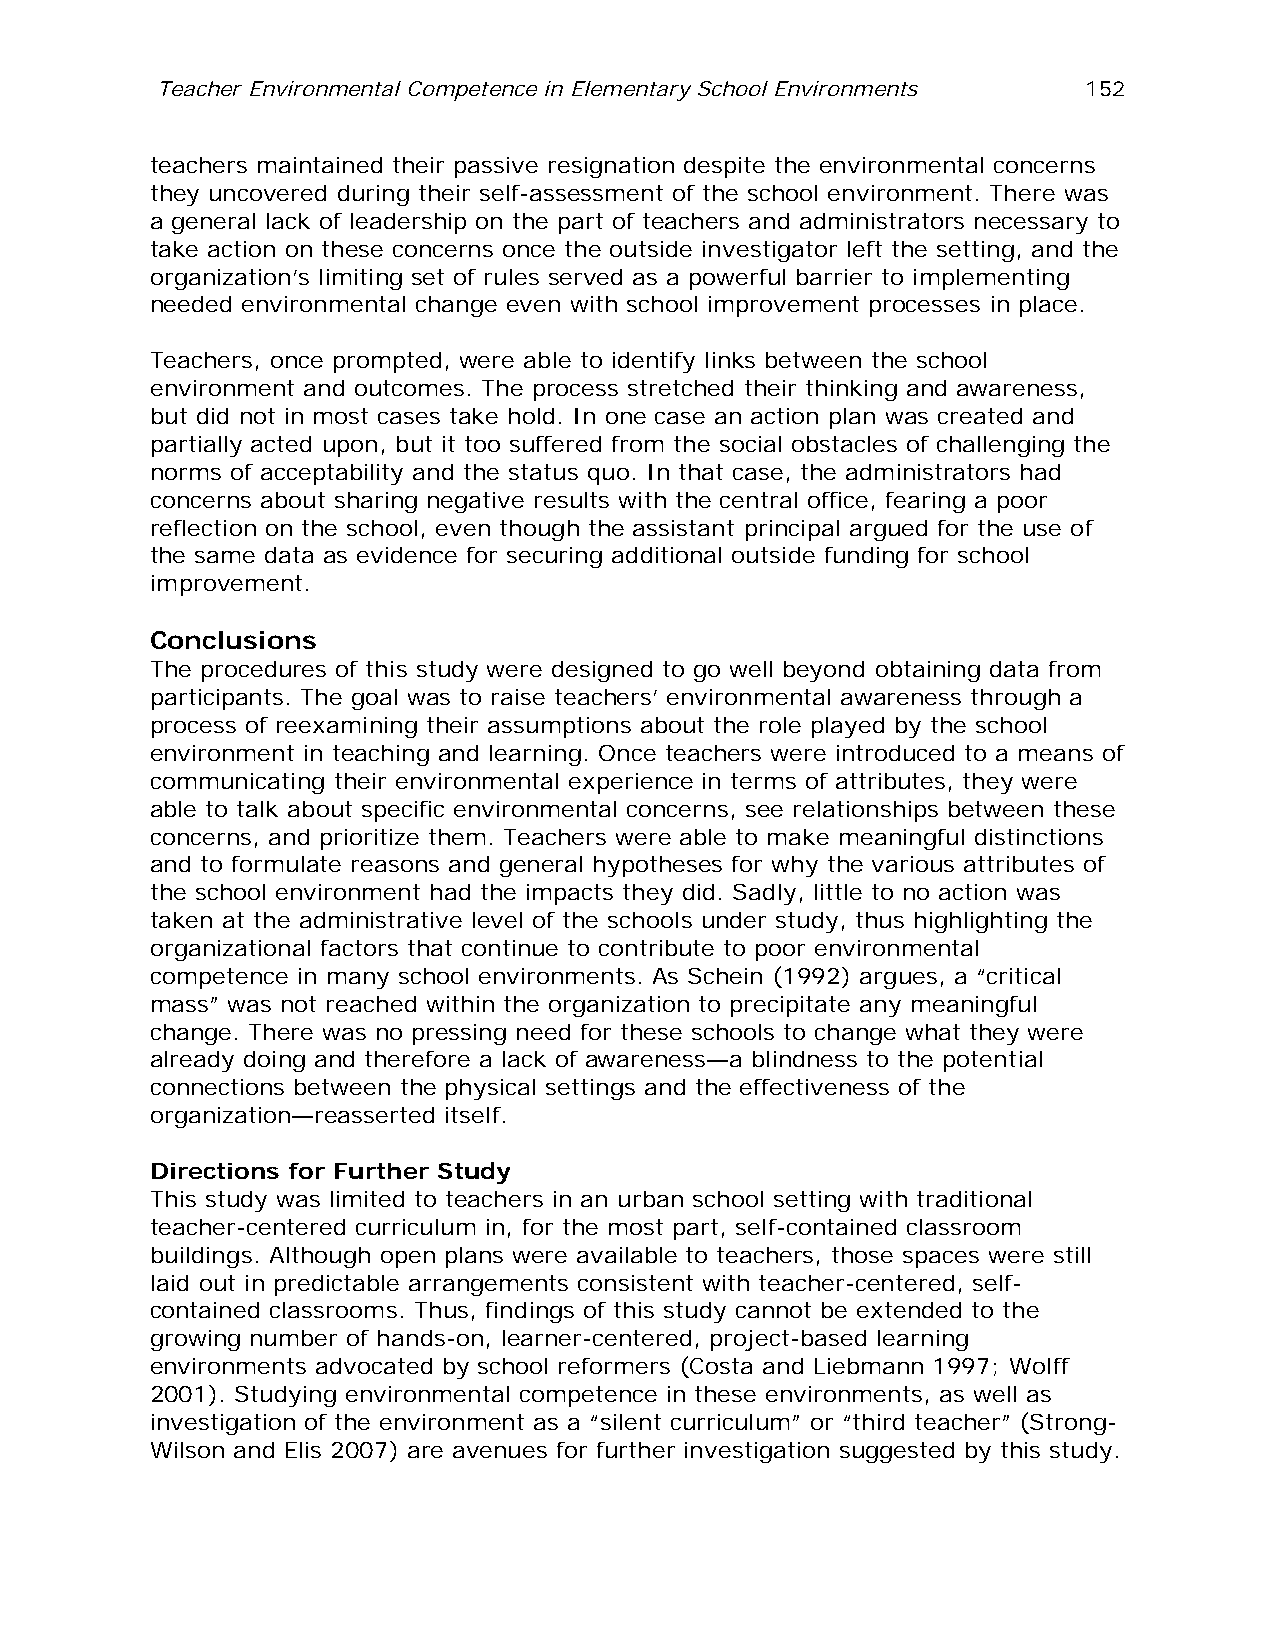
Teacher Environmental Competence in Elementary School Environments 152
 teachers maintained their passive resignation despite the environmental concerns
 they uncovered during their self-assessment of the school environment. There was
 a general lack of leadership on the part of teachers and administrators necessary to
 take action on these concerns once the outside investigator left the setting, and the
 organization’s limiting set of rules served as a powerful barrier to implementing
 needed environmental change even with school improvement processes in place.
 Teachers, once prompted, were able to identify links between the school
 environment and outcomes. The process stretched their thinking and awareness,
 but did not in most cases take hold. In one case an action plan was created and
 partially acted upon, but it too suffered from the social obstacles of challenging the
 norms of acceptability and the status quo. In that case, the administrators had
 concerns about sharing negative results with the central office, fearing a poor
 reflection on the school, even though the assistant principal argued for the use of
 the same data as evidence for securing additional outside funding for school
 improvement.
 Conclusions
 The procedures of this study were designed to go well beyond obtaining data from
 participants. The goal was to raise teachers’ environmental awareness through a
 process of reexamining their assumptions about the role played by the school
 environment in teaching and learning. Once teachers were introduced to a means of
 communicating their environmental experience in terms of attributes, they were
 able to talk about specific environmental concerns, see relationships between these
 concerns, and prioritize them. Teachers were able to make meaningful distinctions
 and to formulate reasons and general hypotheses for why the various attributes of
 the school environment had the impacts they did. Sadly, little to no action was
 taken at the administrative level of the schools under study, thus highlighting the
 organizational factors that continue to contribute to poor environmental
 competence in many school environments. As Schein (1992) argues, a “critical
 mass” was not reached within the organization to precipitate any meaningful
 change. There was no pressing need for these schools to change what they were
 already doing and therefore a lack of awareness—a blindness to the potential
 connections between the physical settings and the effectiveness of the
 organization—reasserted itself.
 Directions for Further Study
 This study was limited to teachers in an urban school setting with traditional
 teacher-centered curriculum in, for the most part, self-contained classroom
 buildings. Although open plans were available to teachers, those spaces were still
 laid out in predictable arrangements consistent with teacher-centered, self-
 contained classrooms. Thus, findings of this study cannot be extended to the
 growing number of hands-on, learner-centered, project-based learning
 environments advocated by school reformers (Costa and Liebmann 1997; Wolff
 2001). Studying environmental competence in these environments, as well as
 investigation of the environment as a “silent curriculum” or “third teacher” (Strong-
 Wilson and Elis 2007) are avenues for further investigation suggested by this study.